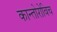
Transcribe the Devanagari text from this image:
कान्तोरोविच